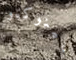
بينوكيو